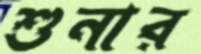
শুনার